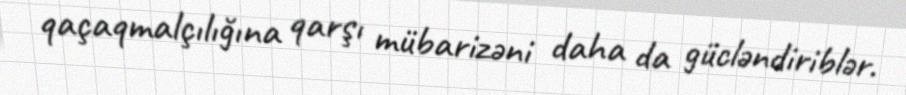
qaçaqmalçılığına qarşı mübarizəni daha da gücləndiriblər.